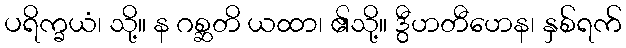
ပရိက္ခယံ၊ သို့။ န ဂစ္ဆတိ ယထာ၊ ၏သို့။ ဒွီဟတီဟေန၊ နှစ်ရက်